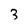
Character: 3